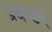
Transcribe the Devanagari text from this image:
प्रचण्डम्